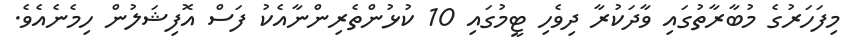
މިފަހަރުގެ މުބާރާތުގައި ވާދަކުރާ ދިވެހި ޓީމުގައި 10 ކުޅުންތެރިންނާއެކު ފަސް އޮފިޝަލުން ހިމެނެއެވެ.